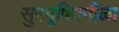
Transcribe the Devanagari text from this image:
सुरभूषितनीळा